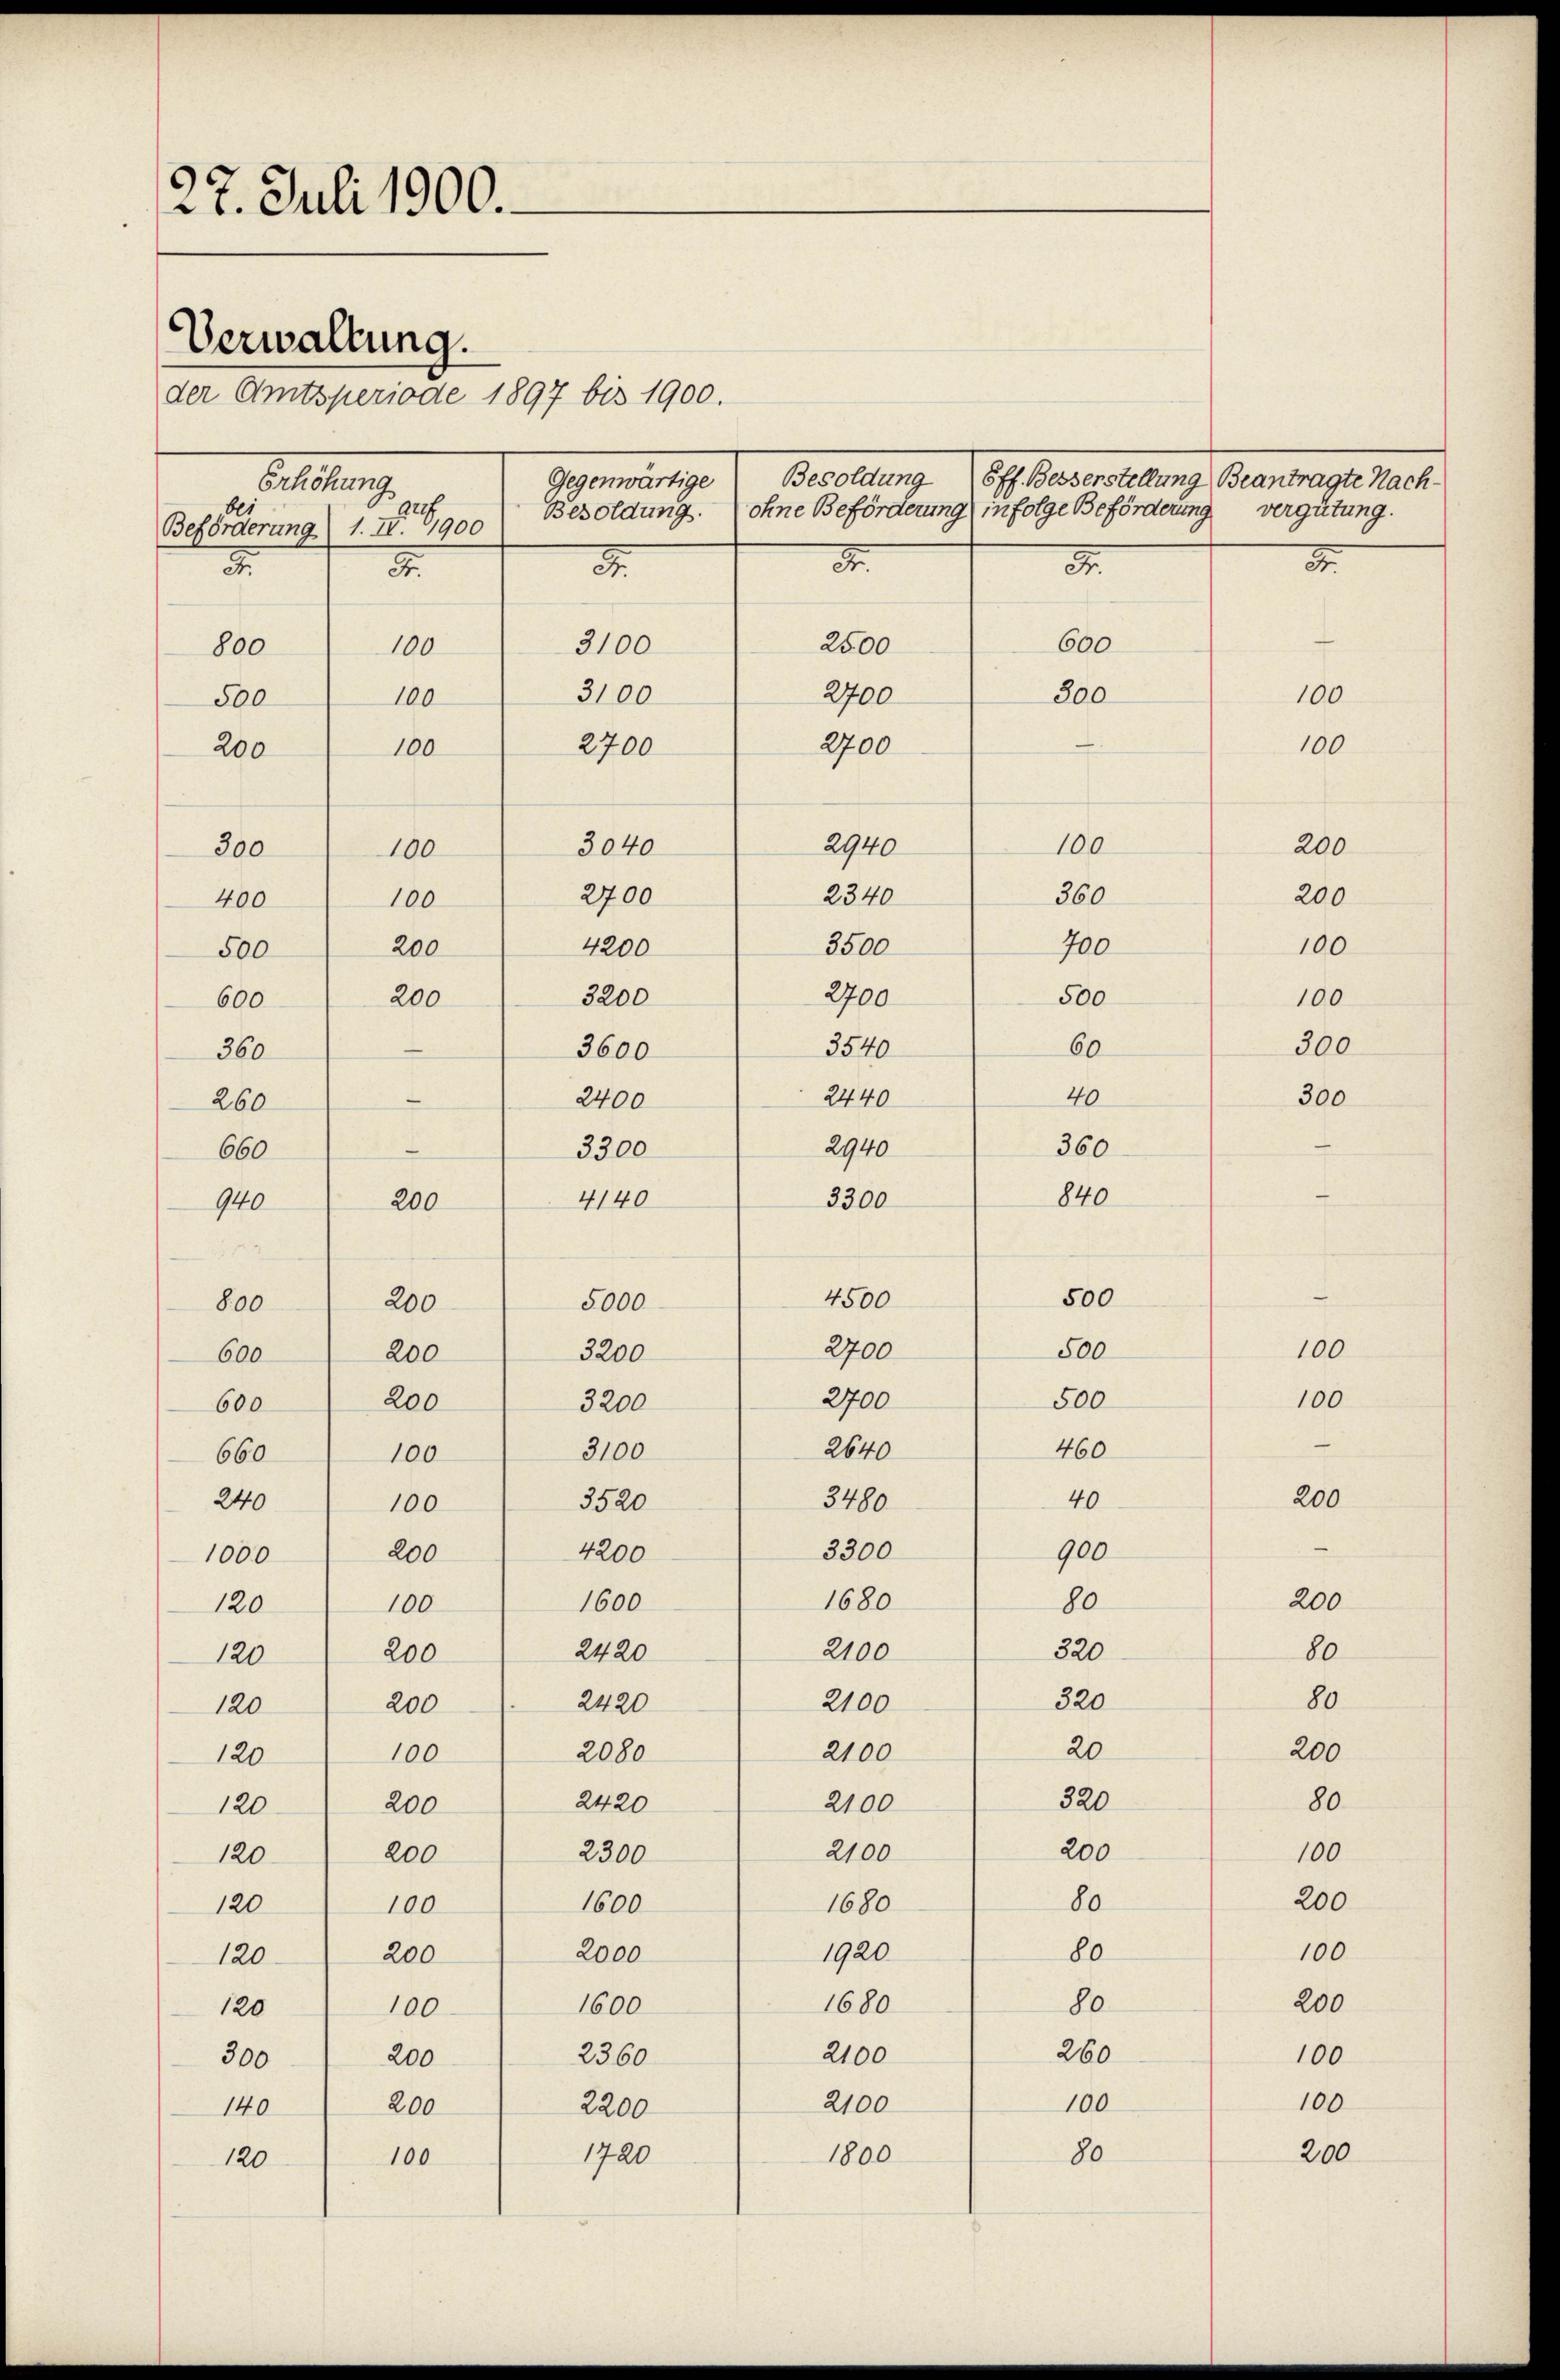
200
120
120
100
200
120.
120
100
200
300
200
140
100
120

27. Juli 1900.
Verwaltung.
der Amtsperiode 1897 bis 1900.
Bellen.
geg
be
Beförderung 1. II. 1900
3.
.
d
3.
3.
2500
3100
100
800
2700
3100
100
500
2700
2700
100
200
2940
3040
300
100
2340
2700
100
400
4200
3500
200
500
2700
3200
500
200
600
3540
60
3600
360
40
2440
2400
260
.
2940
360
3300
660
840
4140
3300
200
940
s
500
4500
200
5000
800
2700
500
3200
200
600
2700
200
500
3200
600
460
2640
3100
660
100
40
3480
3520
240
100
3300
4200
200
900
1000
1680
1600
80
100
120
320
2100
2420
200
120
320
2100
2420
200
120
20
2100
2080
100
120
320
2420
2100
200
120

1600
2360
2200
1720

2300
1600
2000

2100

1800

2100
1680

1920
1680

2100

Gegenwärtige Besoldung (s. oberstellung. Gegen mag. 1890.
Besoldung. (ohne Beförderung infolge Beförderung vergütung.

600
300
100

700

360

200

100
100
200

100
100

200
200
80
80
200
80

20

1

100
200